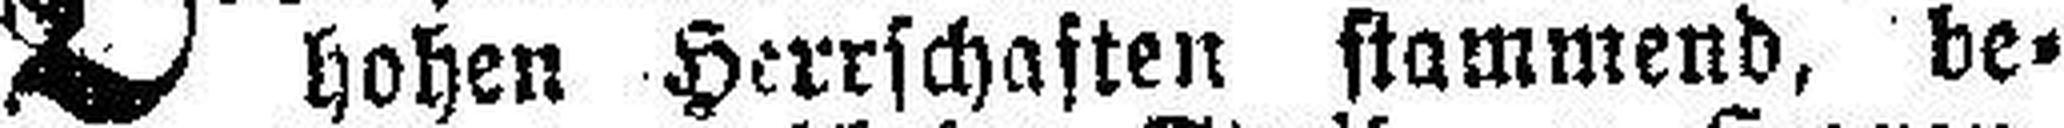
hohen Herrschaften stammend, be¬